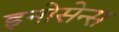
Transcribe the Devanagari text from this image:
इनोसेन्स